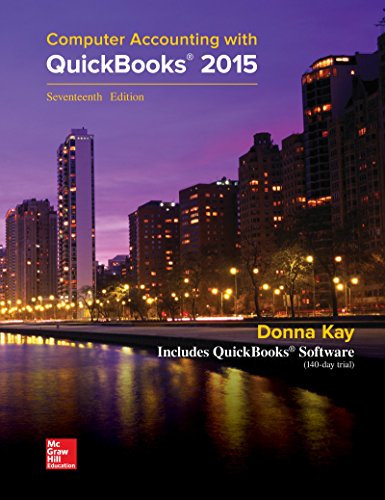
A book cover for MP Computer Accounting with QuickBooks 2015 with Student Resource CD-ROM; Donna Kay; Computers & Technology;